Annual administration report of the Civil Veterinary Department of India - 1892-1893
Year: 1892
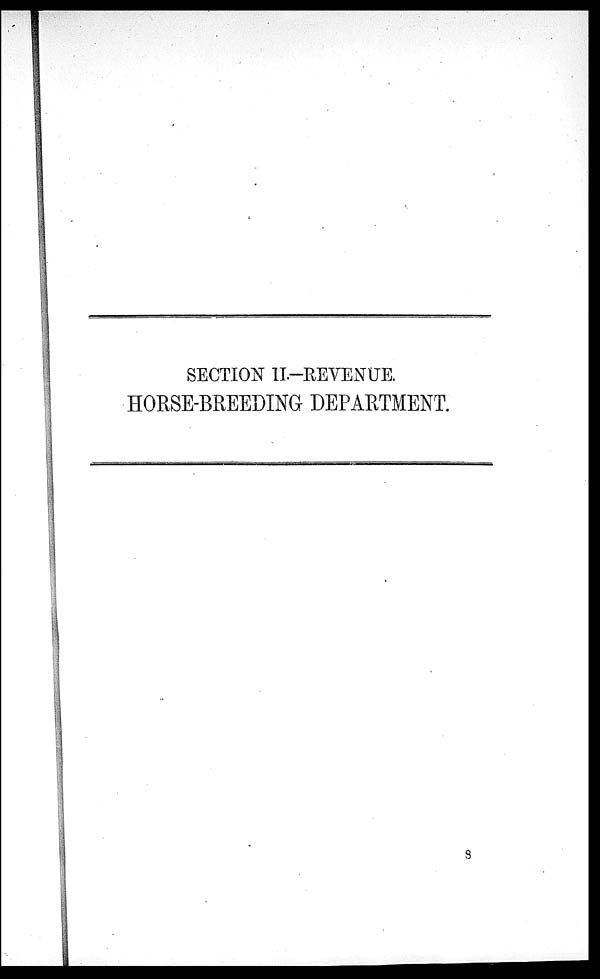
SECTION II.–– REVENUE.
HORSE-BREEDING DEPARTMENT.
8